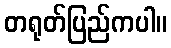
တရုတ်ပြည်ကပါ။